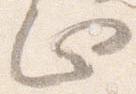
止